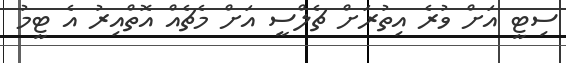
ސިޓީ އަށް ވުރެ އިތުރަށް ޗެލްސީ އަށް މެޗެއް އޮތްއިރު އެ ޓީމު